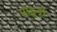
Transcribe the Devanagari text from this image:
मोडूनी